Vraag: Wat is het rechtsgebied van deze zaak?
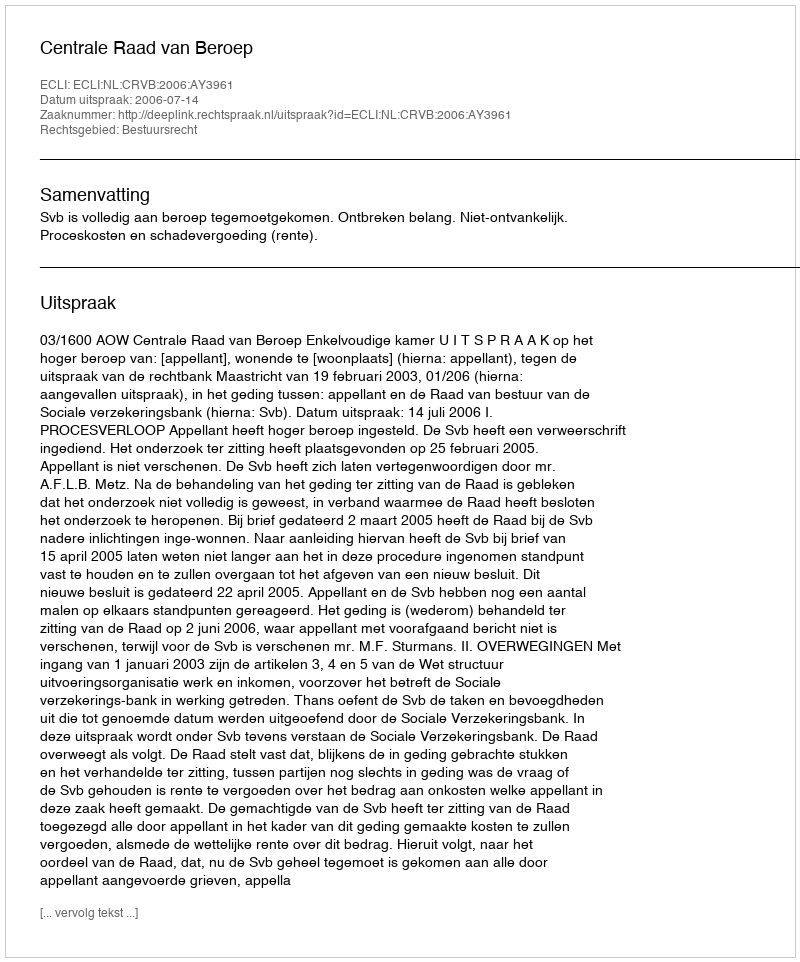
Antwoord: Bestuursrecht